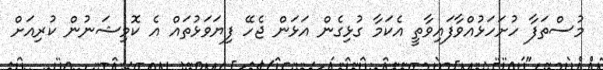
މުސްތަފާ ހުށަހަޅުއްވާފައިވާތީ އެކަމާ ގުޅިގެން އަޅަން ޖެހޭ ފިޔަވަޅުތައް އެ ކޮމިޝަނުން ކުރިއަށް